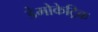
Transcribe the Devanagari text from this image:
डेमोकेट्रिक